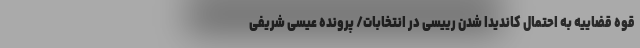
قوه قضاییه به احتمال کاندیدا شدن رییسی در انتخابات/ پرونده عیسی شریفی